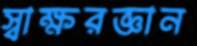
স্বাক্ষরজ্ঞান